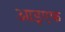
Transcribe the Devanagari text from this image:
आइएफ